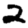
Digit: 2